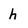
Character: h